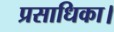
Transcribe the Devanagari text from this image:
प्रसाधिका।